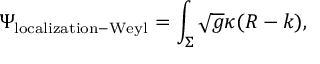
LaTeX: \Psi _ { \mathrm { l o c a l i z a t i o n - W e y l } } = \int _ { \Sigma } \sqrt { g } \kappa ( R - k ) ,